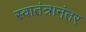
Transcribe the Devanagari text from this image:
स्वातंत्रानंतर